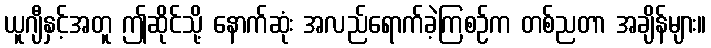
ယူဂျီနှင့်အတူ ဤဆိုင်သို့ နောက်ဆုံး အလည်ရောက်ခဲ့ကြစဉ်က တစ်ညတာ အချိန်များ။